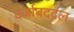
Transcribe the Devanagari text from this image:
दर्जाबददल